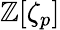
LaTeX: \mathbb{Z}[\zeta_{p}]